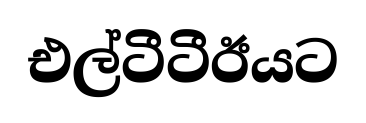
එල්ටීටීඊයට